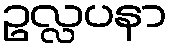
ဥလ္လပနာ